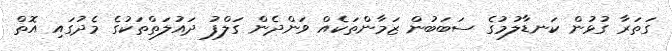
ގަތަރާ ގުޅުން ކަނޑާލުމުގެ ސަބަބުން ޒަމާންތަކެއް ވަންދެން ގަލްފު ދައުލަތްތަކުގެ މެދުގައި އޮތް